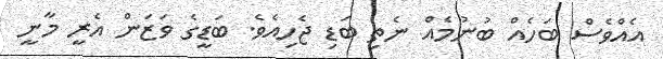
އެއްވެސް ބަހެއް ބުނުމެއް ނެތި ބަޑި ޖެހިއެވެ. ބަޑީގެ ވަޒަން އެރީ މާނީ